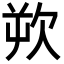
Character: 欮